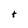
Character: t